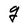
Character: g